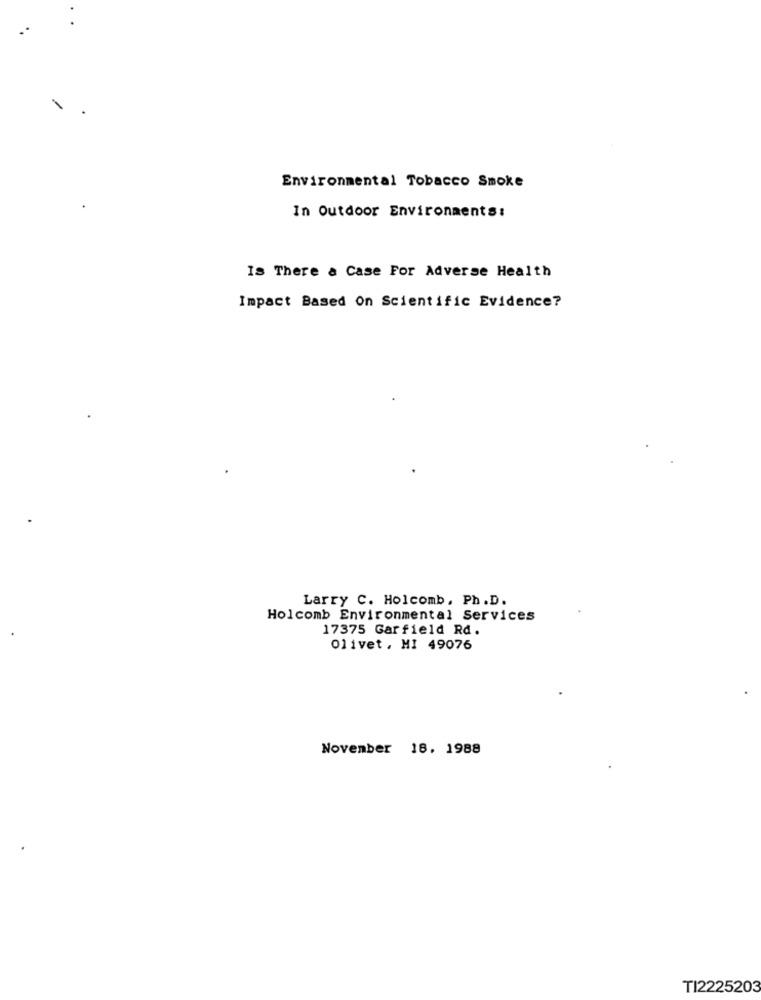
Environmental Tobacco Smoke
In Outdoor Environments:
Is There & Case For Adverse Health
Impact Based On Scientific Evidence?
Larry C. Holcomb, Ph.D.
Holcomb Environmental Services
17375 Garfield Rd.
Olivet, MI 49076
November 18. 1988
TI2225203